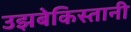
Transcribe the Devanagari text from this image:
उझबेकिस्तानी